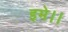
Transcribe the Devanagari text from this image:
इमे।।